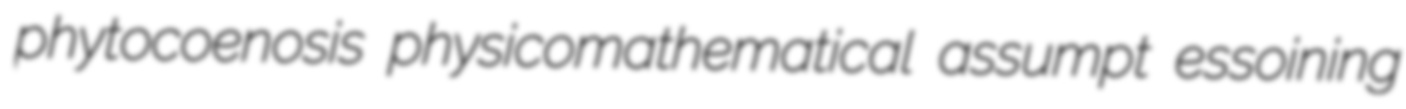
phytocoenosis physicomathematical assumpt essoining